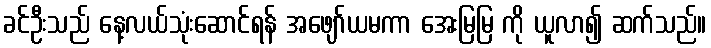
ခင်ဦးသည် နေ့လယ်သုံးဆောင်ရန် အဖျော်ယမကာ အေးမြမြ ကို ယူလာ၍ ဆက်သည်။